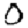
Digit: 0